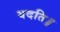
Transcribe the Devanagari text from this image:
वदति॥